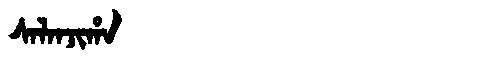
Manchu: ᠰᠠᠯᠠᠨᠵᡳᡥᠠ
Romanization: SALANJIHA